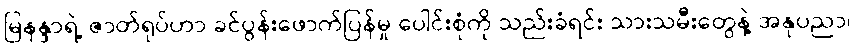
မြနန္ဒာရဲ့ ဇာတ်ရုပ်ဟာ ခင်ပွန်းဖောက်ပြန်မှု ပေါင်းစုံကို သည်းခံရင်း သားသမီးတွေနဲ့ အနုပညာ၊